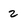
Character: 2